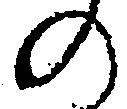
の